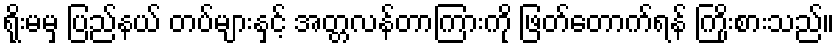
ရိုးမမှ ပြည်နယ် တပ်များနှင့် အတ္တလန်တာကြားကို ဖြတ်တောက်ရန် ကြိုးစားသည်။